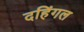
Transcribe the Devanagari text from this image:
दहिंगल